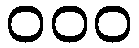
၀၀၀